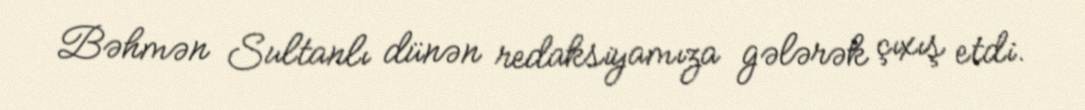
Bəhmən Sultanlı dünən redaksiyamıza gələrək çıxış etdi.